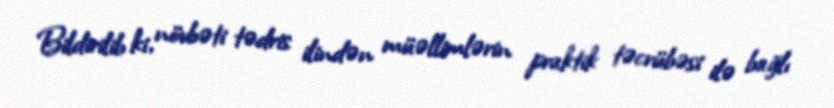
Bildirilib ki, növbəti tədris ilindən müəllimlərin praktik təcrübəsi ilə bağlı